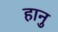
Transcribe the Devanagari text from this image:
हानु